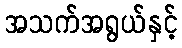
အသက်အရွယ်နှင့်